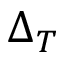
\Delta _ { T }